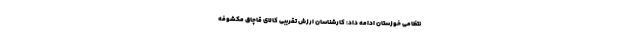
نتظامی خوزستان ادامه داد: کارشناسان ارزش تقریبی کالای قاچاق مکشوفه